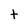
Character: t